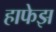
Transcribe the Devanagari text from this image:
हाफेझ